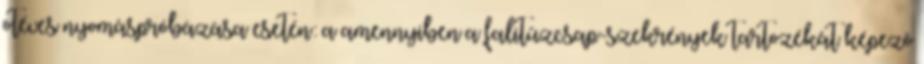
ötéves nyomáspróbázása esetén: a amennyiben a falitûzcsap-szekrények tartozékát képezõ